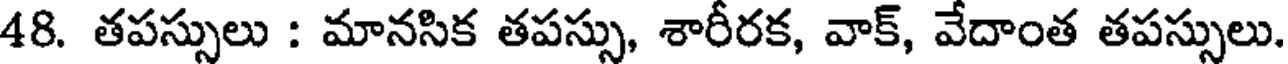
48. తపస్సులు : మానసిక తపస్సు, శారీరక, వాక్, వేదాంత తపస్సులు